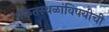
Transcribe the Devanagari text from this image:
संकेतस्थळांविषयीची